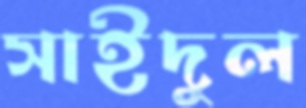
সাইদুল